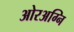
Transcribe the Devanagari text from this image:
ओरअग्नि